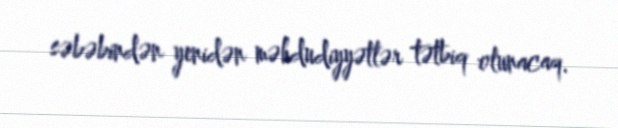
səbəbindən yenidən məhdudiyyətlər tətbiq olunacaq.